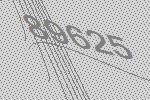
89625